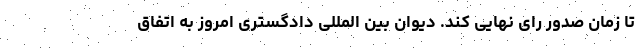
تا زمان صدور رای نهایی کند. دیوان بین المللی دادگستری امروز به اتفاق